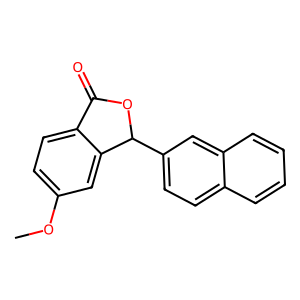
SMILES: COc1ccc2c(c1)C(c1ccc3ccccc3c1)OC2=O
Inhibits HIV replication: No